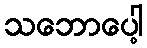
သဘောပေါ့